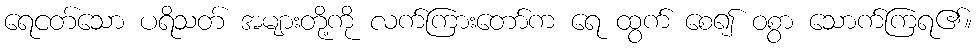
ရေငတ်သော ပရိသတ် အများတို့ကို လက်ကြားတော်က ရေ ထွက် စေ၍ ဝစွာ သောက်ကြရ၏။